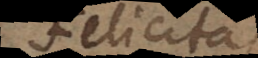
Felicitas